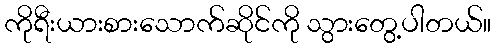
ကိုရီးယားစားသောက်ဆိုင်ကို သွားတွေ့ပါတယ်။